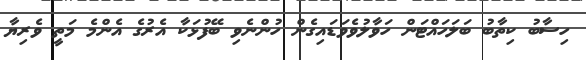
ހިސާބު ކިތާބު ބަލަހައްޓަން ހަވާލުވެވަޑައިގެން ހުންނެވި ބޭފުޅަކާ އެރުގެ އެންމެ މަތީ ވެރިޔާ